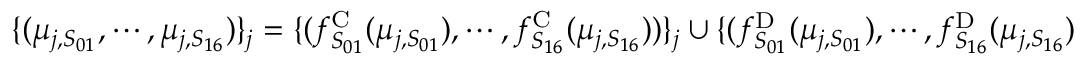
\begin{array} { r } { \{ ( \mu _ { j , S _ { 0 1 } } , \cdots , \mu _ { j , S _ { 1 6 } } ) \} _ { j } = \{ ( f _ { S _ { 0 1 } } ^ { \mathrm { C } } ( \mu _ { j , S _ { 0 1 } } ) , \cdots , f _ { S _ { 1 6 } } ^ { \mathrm { C } } ( \mu _ { j , S _ { 1 6 } } ) ) \} _ { j } \cup \{ ( f _ { S _ { 0 1 } } ^ { \mathrm { D } } ( \mu _ { j , S _ { 0 1 } } ) , \cdots , f _ { S _ { 1 6 } } ^ { \mathrm { D } } ( \mu _ { j , S _ { 1 6 } } ) ) \} _ { j } . } \end{array}